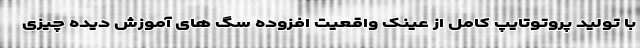
با تولید پروتوتایپ کامل از عینک واقعیت افزوده سگ های آموزش دیده چیزی